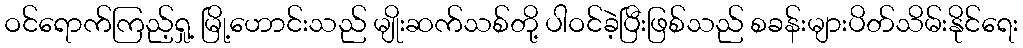
ဝင်ရောက်ကြည့်ရှု့ မြို့ဟောင်းသည် မျိုးဆက်သစ်တို့ ပါဝင်ခဲ့ပြီးဖြစ်သည် စခန်းများပိတ်သိမ်းနိုင်ရေး